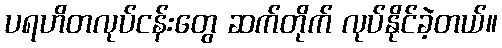
ပရဟိတလုပ်ငန်းတွေ ဆက်တိုက် လုပ်နိုင်ခဲ့တယ်။